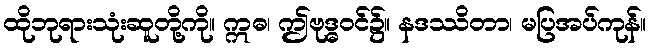
ထိုဘုရားသုံးဆူတို့ကို။ ဣဓ၊ ဤဗုဒ္ဓဝင်၌။ နဒဿိတာ၊ မပြအပ်ကုန်။